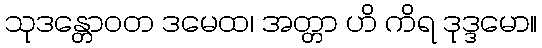
သုဒန္တောဝတ ဒမေထ၊ အတ္တာ ဟိ ကိရ ဒုဒ္ဒမော။